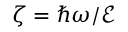
\zeta = \hbar \omega / \mathcal { E }